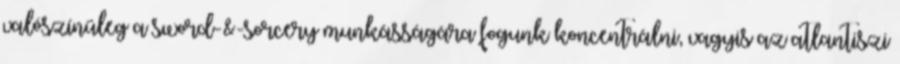
valószínűleg a sword-&-sorcery munkásságára fogunk koncentrálni, vagyis az atlantiszi